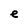
Character: e